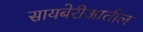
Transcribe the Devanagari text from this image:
सायबेरीआतील